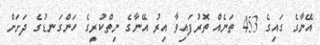
އޭނާގެ ގައިގެ 453 ތަނެއް ތޮރުފައިވާ އިރު އޭނާގެ ނިތްކުރީގެ ހަންގަނޑުގެ ދަށަށް